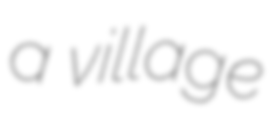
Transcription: a village